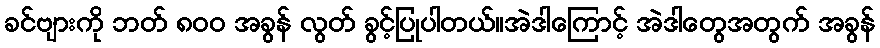
ခင်ဗျားကို ဘတ် ၈၀၀ အခွန် လွတ် ခွင့်ပြုပါတယ်။အဲဒါကြောင့် အဲဒါတွေအတွက် အခွန်